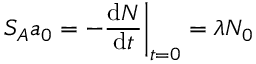
S _ { A } a _ { 0 } = - { \frac { \mathrm { d } N } { \mathrm { d } t } } { \bigg | } _ { t = 0 } = \lambda N _ { 0 }